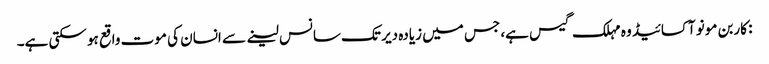
: کاربن مونو آکسائیڈ وہ مہلک گیس ہے، جس میں زیادہ دیر تک سانس لینے سے انسان کی موت واقع ہو سکتی ہے۔